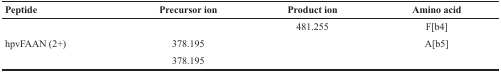
<table><thead><tr><td><b>Peptide</b></td><td><b>Precursor ion</b></td><td><b>Product ion</b></td><td><b>Amino acid</b></td></tr></thead><tbody><tr><td rowspan="3">hpvFAAN (2+)</td><td>[EMPTY_CELL]</td><td>481.255</td><td>F[b4]</td></tr><tr><td>378.195</td><td>[EMPTY_CELL]</td><td>A[b5]</td></tr><tr><td>378.195</td><td>[EMPTY_CELL]</td><td>[EMPTY_CELL]</td></tr></tbody></table>